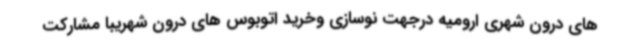
های درون شهری ارومیه درجهت نوسازی وخرید اتوبوس های درون شهریبا مشارکت